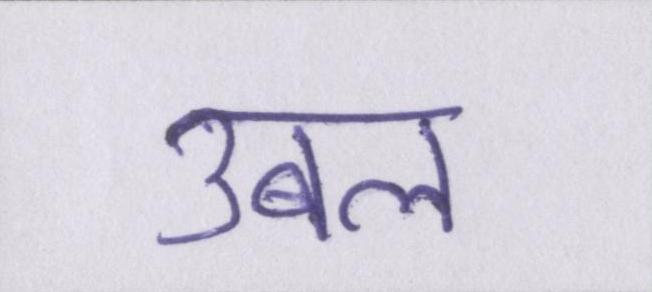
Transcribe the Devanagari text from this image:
उबल